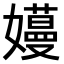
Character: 𫲏